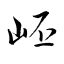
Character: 岯